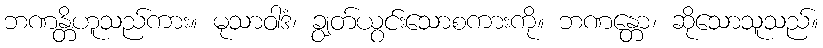
ဘဏန္တိဟူသည်ကား။ မုသာဝါဒံ၊ ချွတ်ယွင်းသောစကားကို။ ဘဏန္တော၊ ဆိုသောသူသည်။